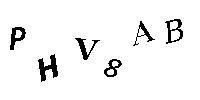
PHV8AB